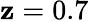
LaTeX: \mathbf{z}=0.7